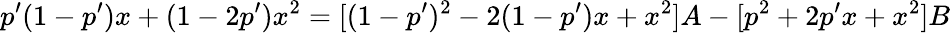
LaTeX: p^{\prime}(1-p^{\prime})x+(1-2p^{\prime})x^{2}=[(1-p^{\prime})^{2}-2(1-p^{\prime})x+x^{2}]A-[p^{2}+2p^{\prime}x+x^{2}]B